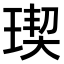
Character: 𤧃